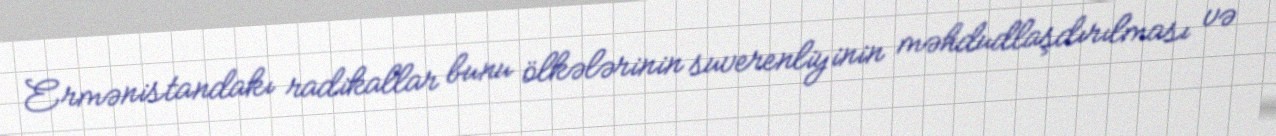
Ermənistandakı radikallar bunu ölkələrinin suverenliyinin məhdudlaşdırılması və